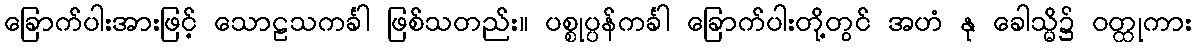
ခြောက်ပါးအားဖြင့် သောဠသကင်္ခါ ဖြစ်သတည်း။ ပစ္စုပ္ပန်ကင်္ခါ ခြောက်ပါးတို့တွင် အဟံ နု ခေါသ္မိ၌ ဝတ္ထုကား